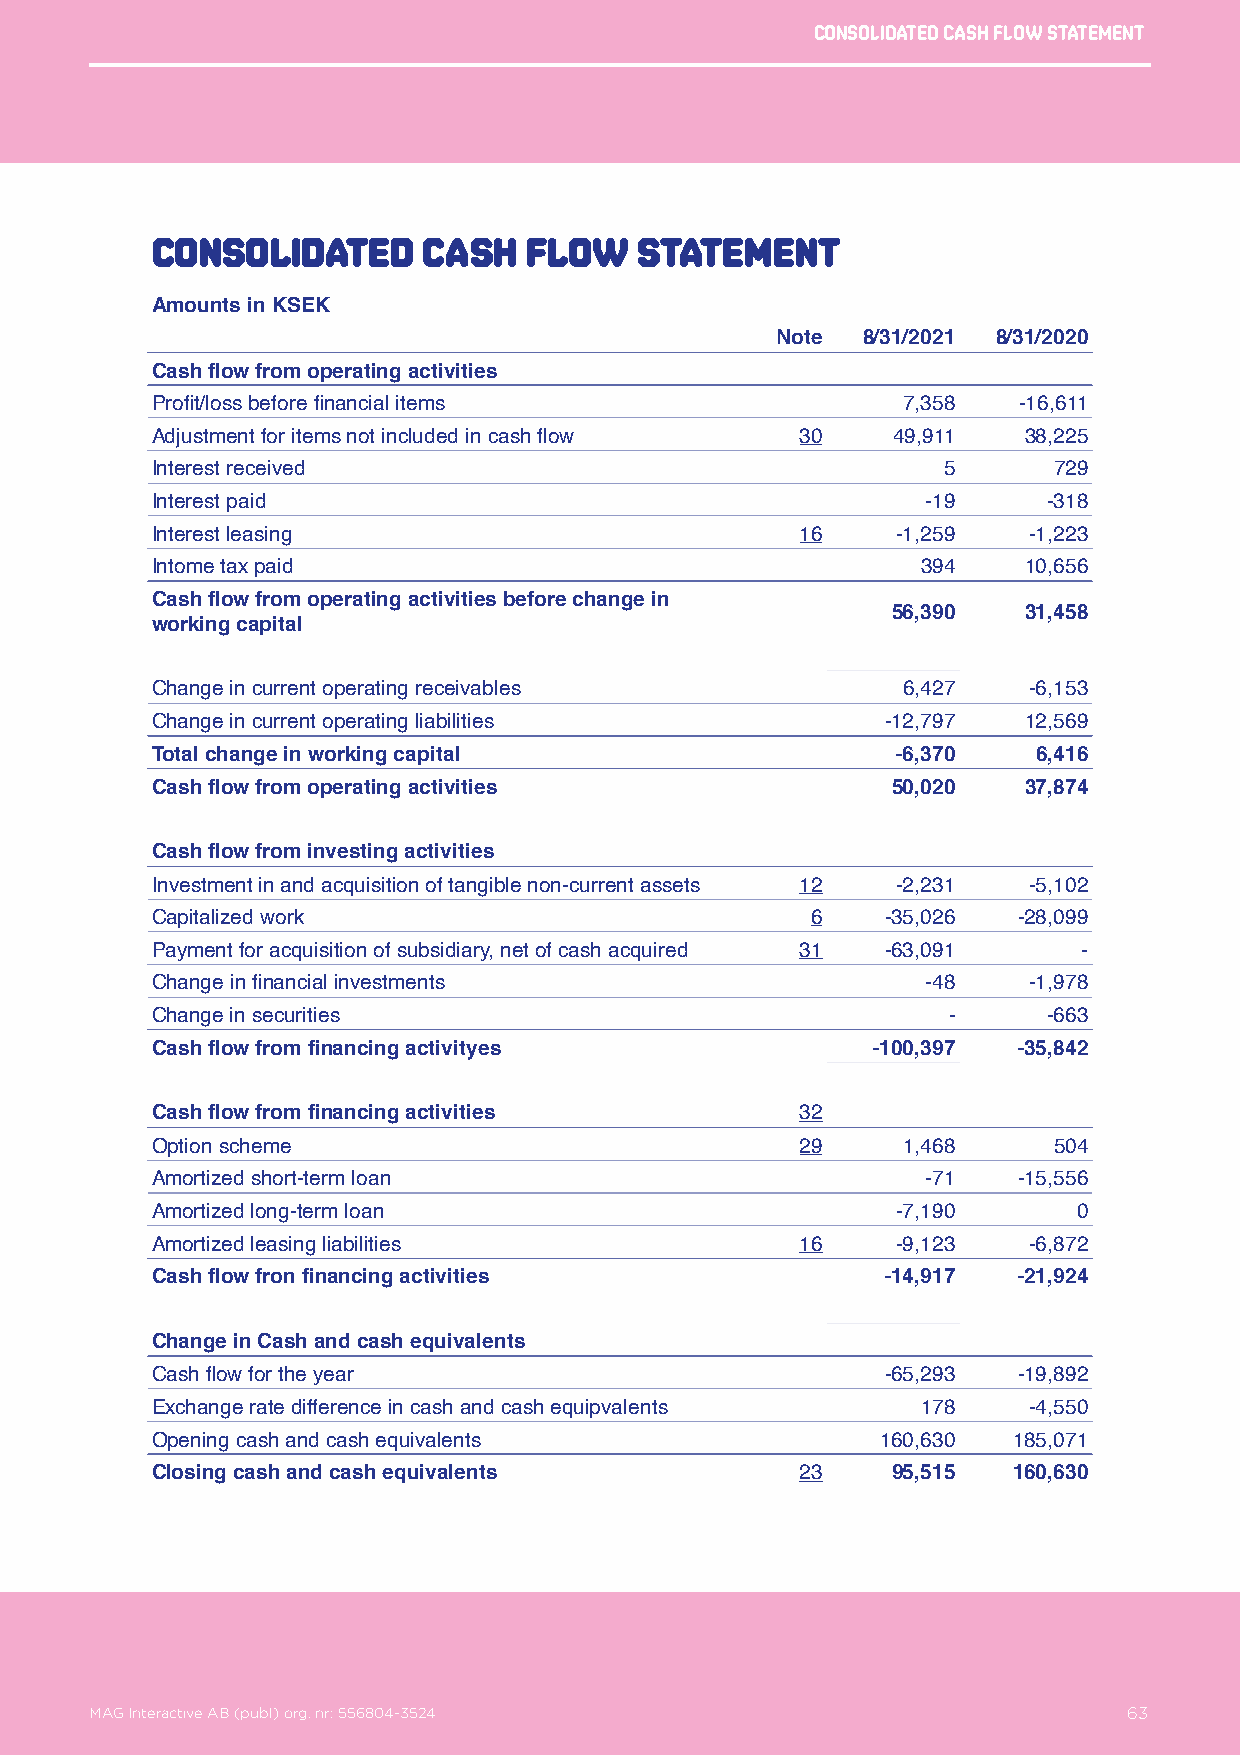
Consolidated cash flow statement
 Consolidated      cash   flow   statement
 Amounts in KSEK
 Note  8/31/2021 8/31/2020
 Cash flow from operating activities
 Profit/loss before financial items                7,358  -16,611
 Adjustment for items not included in cash flow 30 49,911  38,225
 Interest received                                   5       729
 Interest paid                                      -19     -318
 Interest leasing                           16    -1,259   -1,223
 Intome tax paid                                    394    10,656
 Cash flow from operating activities before change in
 56,390   31,458
 working capital
 Change in current operating receivables           6,427   -6,153
 Change in current operating liabilities          -12,797  12,569
 Total change in working capital                  -6,370    6,416
 Cash flow from operating activities              50,020   37,874
 Cash flow from investing activities
 Investment in and acquisition of tangible non-current assets 12 -2,231 -5,102
 Capitalized work                            6    -35,026 -28,099
 Payment for acquisition of subsidiary, net of cash acquired 31 -63,091 -
 Change in financial investments                    -48    -1,978
 Change in securities                                 -     -663
 Cash flow from financing activityes             -100,397 -35,842
 Cash flow from financing activities        32
 Option scheme                              29     1,468     504
 Amortized short-term loan                          -71   -15,556
 Amortized long-term loan                         -7,190      0
 Amortized leasing liabilities              16    -9,123   -6,872
 Cash flow fron financing activities              -14,917 -21,924
 Change in Cash and cash equivalents
 Cash flow for the year                           -65,293 -19,892
 Exchange rate difference in cash and cash equipvalents 178 -4,550
 Opening cash and cash equivalents               160,630  185,071
 Closing cash and cash equivalents          23    95,515  160,630
 MAG Interactive AB (publ) org. nr: 556804-3524                   63
 MAG Interactive AB (publ) org. nr: 556804-3524                       63